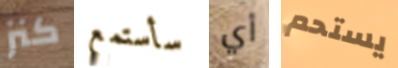
كنز سأستمع أي يستحم